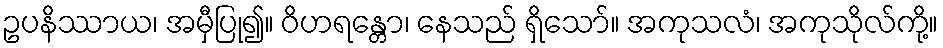
ဥပနိဿာယ၊ အမှီပြု၍။ ဝိဟရန္တော၊ နေသည် ရှိသော်။ အကုသလံ၊ အကုသိုလ်ကို့။